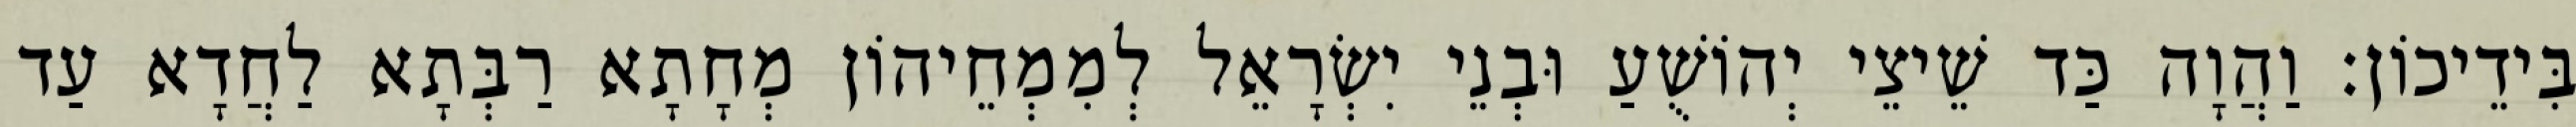
בִּידֵיכוֹן׃ וַהֲוָה כַּד שֵׁיצֵי יְהוֹשֻׁעַ וּבְנֵי יִשְׂרָאֵל לְמִמְחֵיהוֹן מְחָתָא רַבְּתָא לַחֲדָא עַד